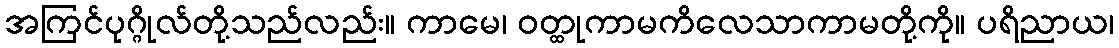
အကြင်ပုဂ္ဂိုလ်တို့သည်လည်း။ ကာမေ၊ ဝတ္ထုကာမကိလေသာကာမတို့ကို။ ပရိညာယ၊